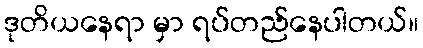
ဒုတိယနေရာ မှာ ရပ်တည်နေပါတယ်။